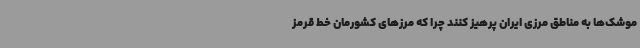
موشک‌ها به مناطق مرزی ایران پرهیز کنند چرا که مرزهای کشورمان خط قرمز